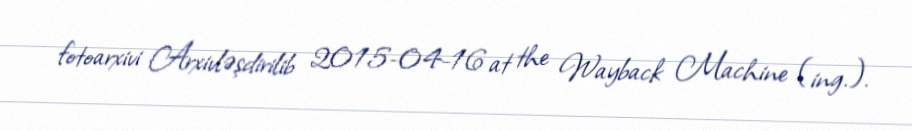
fotoarxivi Arxivləşdirilib 2015-04-16 at the Wayback Machine (ing.).